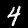
Label: 4